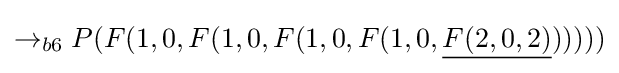
\rightarrow _{b6}P(F(1,0,F(1,0,F(1,0,F(1,0,{\underline {F(2,0,2)}})))))